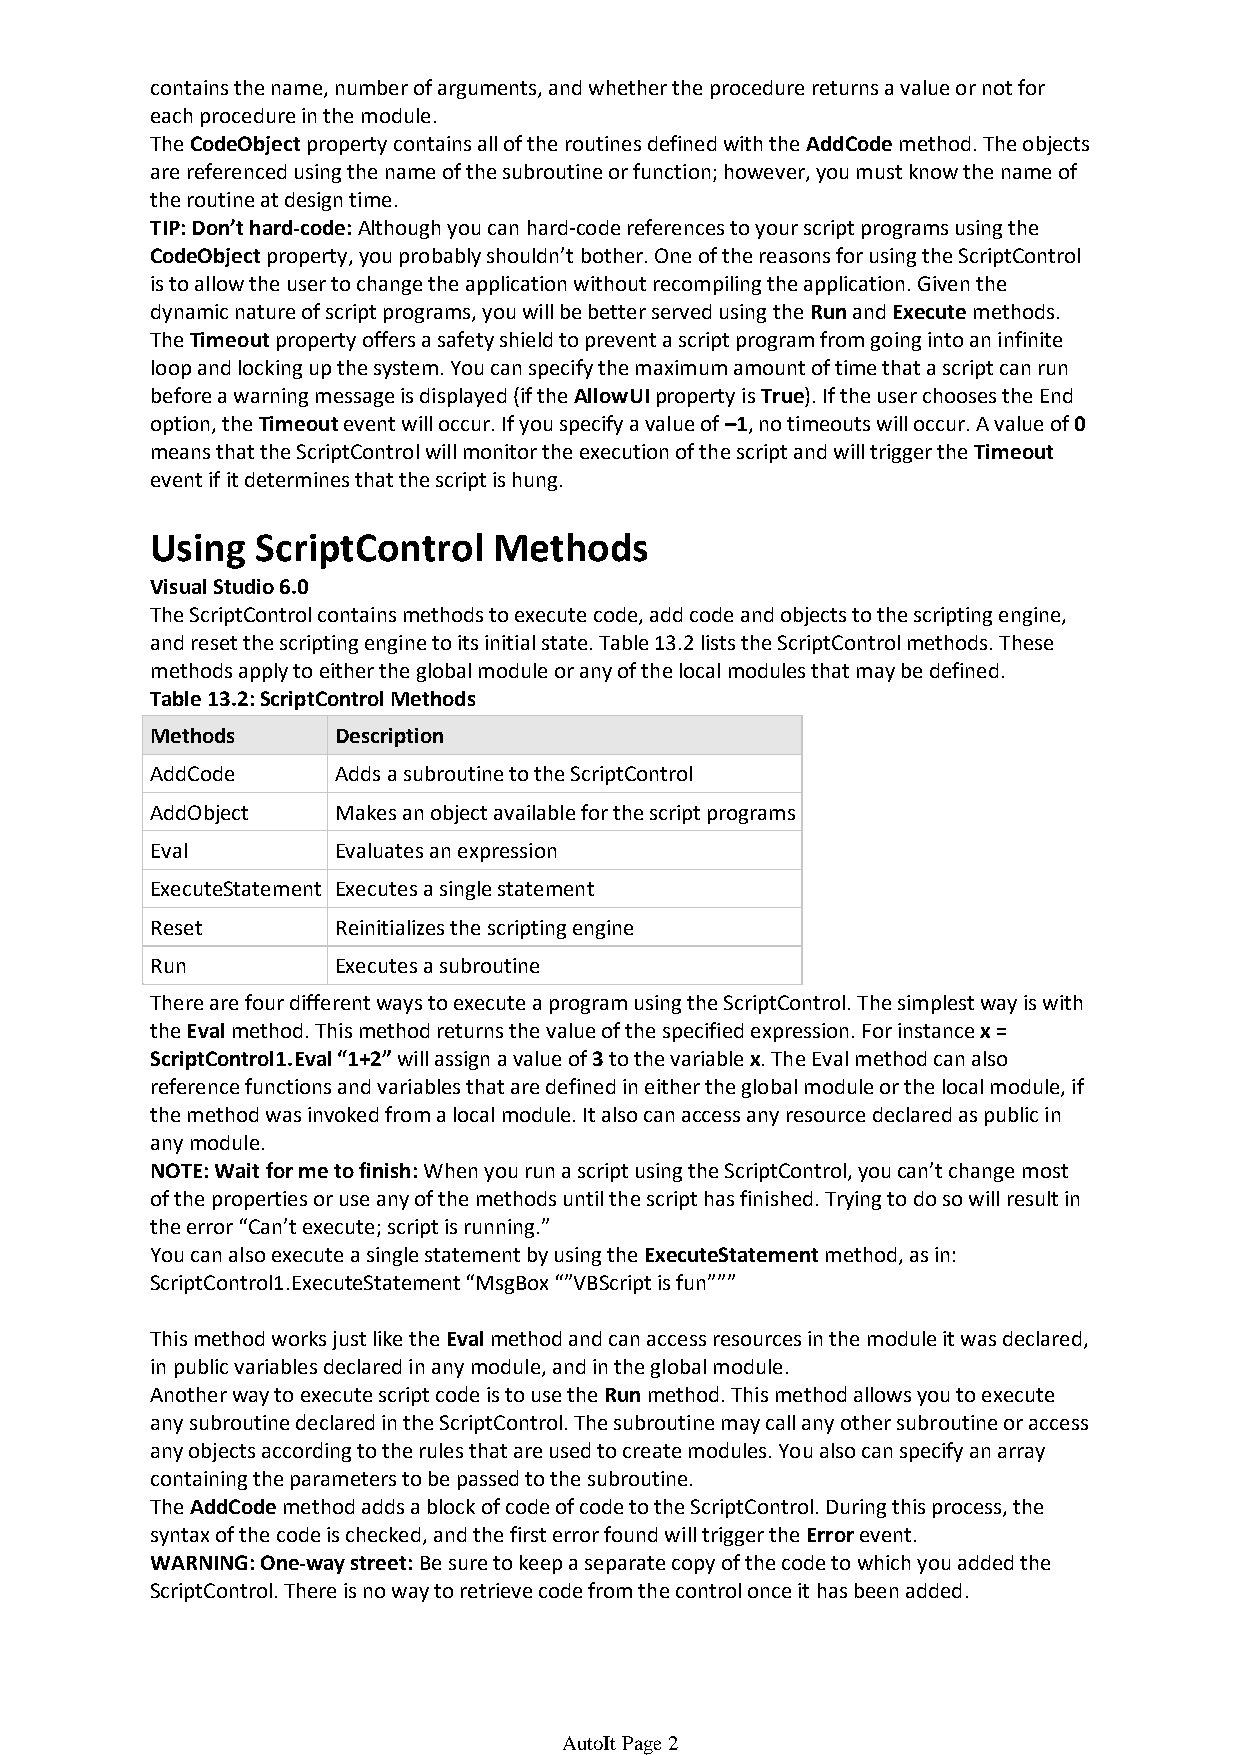
contains the name, number of arguments, and whether the procedure returns a value or not for
 each procedure in the module.
 The CodeObject property contains all of the routines defined with the AddCode method. The objects
 are referenced using the name of the subroutine or function; however, you must know the name of
 the routine at design time.
 TIP: Don’t hard-code:Although you can hard-code references to your script programs using the
 CodeObjectproperty, you probably shouldn’t bother. One of the reasons for using the ScriptControl
 is to allow the user to change the application without recompiling the application. Given the
 dynamic nature of script programs, you will be better served using the Runand Execute methods.
 The Timeoutproperty offers a safety shield to prevent a script program from going into an infinite
 loop and locking up the system. You can specify the maximum amount of time that a script can run
 before a warning message is displayed (if the AllowUI property is True). If the user chooses the End
 option, the Timeoutevent will occur. If you specify a value of –1, no timeouts will occur. A value of 0
 means that the ScriptControl will monitor the execution of the script and will trigger the Timeout
 event if it determines that the script is hung.
 Using  ScriptControl   Methods
 Visual Studio 6.0
 The ScriptControl contains methods to execute code, add code and objects to the scripting engine,
 and reset the scripting engine to its initial state. Table 13.2 lists the ScriptControl methods. These
 methods apply to either the global module or any of the local modules that may be defined.
 Table 13.2:ScriptControl Methods
 Methods     Description
 AddCode     Adds a subroutine to the ScriptControl
 AddObject   Makes an object available for the script programs
 Eval        Evaluates an expression
 ExecuteStatement Executes a single statement
 Reset       Reinitializes the scripting engine
 Run         Executes a subroutine
 There are four different ways to execute a program using the ScriptControl. The simplest way is with
 the Eval method. This method returns the value of the specified expression. For instance x =
 ScriptControl1.Eval “1+2”will assign a value of 3to the variable x. The Eval method can also
 reference functions and variables that are defined in either the global module or the local module, if
 the method was invoked from a local module. It also can access any resource declared as public in
 any module.
 NOTE: Wait for me to finish:When you run a script using the ScriptControl, you can’t change most
 of the properties or use any of the methods until the script has finished. Trying to do so will result in
 the error “Can’t execute; script is running.”
 You can also execute a single statement by using the ExecuteStatementmethod, as in:
 ScriptControl1.ExecuteStatement “MsgBox “”VBScript is fun”””
 This method works just like the Evalmethod and can access resources in the module it was declared,
 in public variables declared in any module, and in the global module.
 Another way to execute script code is to use the Runmethod. This method allows you to execute
 any subroutine declared in the ScriptControl. The subroutine may call any other subroutine or access
 any objects according to the rules that are used to create modules. You also can specify an array
 containing the parameters to be passed to the subroutine.
 The AddCodemethod adds a block of code of code to the ScriptControl. During this process, the
 syntax of the code is checked, and the first error found will trigger the Errorevent.
 WARNING: One-way street:Be sure to keep a separate copy of the code to which you added the
 ScriptControl. There is no way to retrieve code from the control once it has been added.
 Using  ScriptControl   Events
 AutoIt Page 2